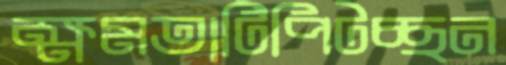
ক্ষমতাটিপিটচ্ছন